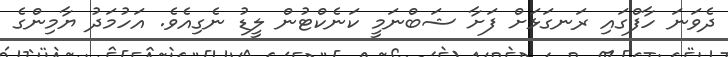
ދެވަނަ ހާފްގައި ރަނގަޅަށް ފަށާ ޝަބްނަމީ ކަނެކްޓުން ލީޑު ނެގިއެވެ. އަހުމަދު ޔާމިންގެ